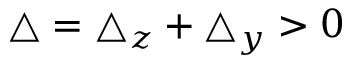
\begin{array} { r } { \triangle = \triangle _ { z } + \triangle _ { y } > 0 } \end{array}